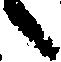
候